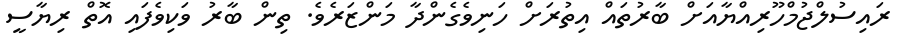
ރައިސުލްޖުމްހޫރިއްޔާއަށް ބާރުތައް އިތުރަށް ހަނިވެގެންދާ މަންޒަރެވެ. ތިން ބާރު ވަކިވެފައި އޮތް ރިޔާސީ